Vaccination in Bombay 1913-1923 - 1913-1923
Year: 1913
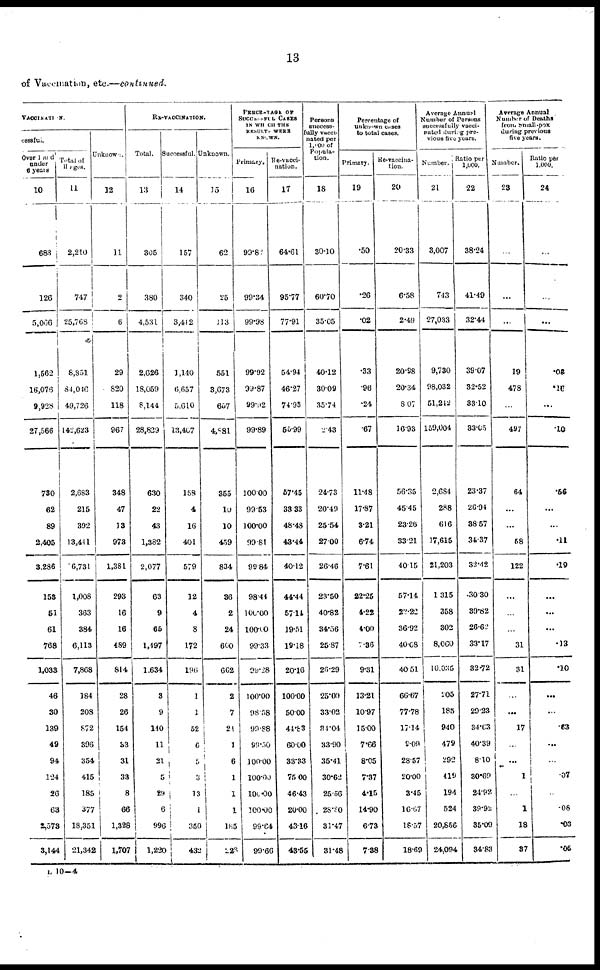
13
of Vaccination, etc.—continued.
VACCINATION.
cessful.
Over 1 and
under
6 years
10
683
126
5,006
1,562
16,076
9,928
27,566
730
62
89
2,405
3,286
158
51
61
768
1,033
46
30
139
49
94
124
26
63
2,573
3,144
Total of
11 ages.
11
2,210
747
25,768
8,85l
84,046
49,726
142,623
2,683
215
392
13,441
6,731
1,008
363
384
6,113
7,868
184
208
872
396
354
415
185
377
18,351
21,342
Unknown.
12
11
2
6
29
820
118
967
348
47
13
973
1,381
293
16
16
489
814
28
26
154
33
31
33
8
66
1,328
1,707
RE-VACCINATION.
Total.
13
305
380
4,531
2,626
18,059
8,144
28,829
630
22
43
1,382
2,077
63
9
65
1,497
1,634
3
9
140
11
21
5
29
6
996
1,220
Successful.
14
157
340
3,412
1,140
6,657
5,610
13,467
158
4
16
401
579
12
4
8
172
196
1
1
52
6
5
3
13
1
350
432
Unknown.
15
62
25
113
551
3,673
657
4,881
355
10
10
459
834
36
2
24
600
662
2
7
24
1
6
1
1
1
185
228
PERCENTAGE OF
SUCCESSFUL CASES
IN WHICH THIS
RESULTS WERE
KNOWN.
Primary.
16
99.82
99.34
99.98
99.92
99.87
99.92
99.89
100.00
99.53
100.00
99.81
90.84
98.44
100.00
100.00
99.33
99.28
100.00
98.58
99.88
99.50
100.00
100.00
101.00
100.00
99.64
99.66
Re-vacci¬
nation.
17
64.61
95.77
77.91
54.94
46.27
74.93
55.99
57.45
33.33
48.48
43.44
40.12
44.44
57.11
19.51
19.18
20.16
100.00
50.00
44.83
60.00
33.33
75.00
46.43
20.00
43.16
43.55
Persons
success
fully vacci-
nated per
l,000 of
Popula-
tion.
18
30.10
60.70
35.05
40.12
30.09
35.74
2.43
24.73
20.49
25.54
27.00
26.46
23.50
40.82
34.56
25.87
26.29
25.00
33.02
34.04
33.90
35.41
30.62
25.56
28.80
31.47
31.48
Percentage of
unknown cases
to total cases.
Primary.
19
.50
.26
.02
.33
.96
.24
.67
11.48
17.87
3.21
6.74
7.61
22.25
4.22
4.00
7.36
9.31
13.21
10.97
15.00
7.66
8.05
7.37
4.15
14.90
6.73
7.38
Re-vaccina¬
tion.
20
20.33
6.58
2.49
20.98
20.34
8.07
16.93
56.35
45.45
23.26
33.21
40.15
57.14
22.22
36.92
40.08
40.51
66.67
77.78
17.14
9.09
28.57
20.00
3.45
16.67
18.57
18.69
Average
Annual
Number of Persons
successfully vacci-
nated during pre-
vious five years.
Number.
21
3,007
743
27,033
9,730
98,032
51,242
159,004
2,684
288
616
17,615
21,203
1,315
358
302
8,060
10.035
205
185
940
479
292
419
194
524
20,856
24,094
Ratio per
1,000.
22
38.24
41.49
32.44
39.07
32.52
33.10
33.05
23.37
26.94
38.57
34.37
32.42
30. 30
39.82
26.62
33.17
32.72
27.71
29.23
34.63
40.39
8.10
30.69
24.92
39.92
35.09
34.83
Average Annual
Number of Deaths
from Small-pox
during previous
five years.
Number.
23
...
...
...
19
478
...
497
64
...
...
58
122
...
...
...
31
31
...
...
17
...
...
1
...
1
18
37
Ratio per.
1000.
24
...
...
...
.08
.16
...
.10
.56
...
...
.11
.19
...
...
...
.13
.10
...
...
.63
...
...
.07
...
.08
.03
.05
L 10—4